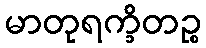
မာတုရက္ခိတဉ္စ